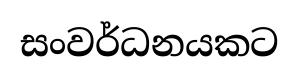
සංවර්ධනයකට